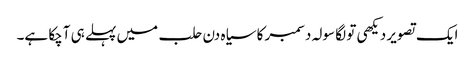
ایک تصویر دیکھی تو لگا سولہ دسمبر کا سیاہ دن حلب میں پہلے ہی آچکا ہے۔